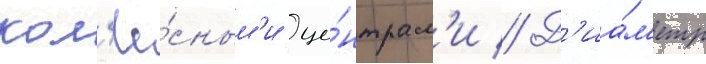
кол'ё́сным'и це́нтрам'и // Д'иа́м'етр